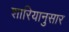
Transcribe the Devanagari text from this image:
शारियानुसार